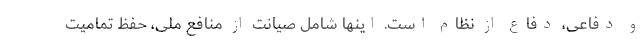
و دفاعی، دفاع از نظام است. اینها شامل صیانت از منافع ملی، حفظ تمامیت